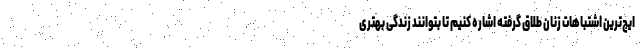
ایج‌ترین اشتباهات زنان طلاق گرفته اشاره کنیم تا بتوانند زندگی بهتری